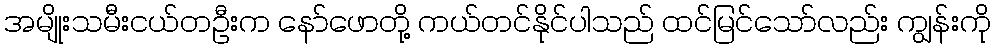
အမျိုးသမီးငယ်တဦးက နော်ဖောတို့ ကယ်တင်နိုင်ပါသည် ထင်မြင်သော်လည်း ကျွန်းကို